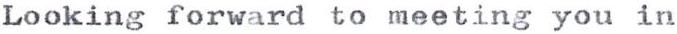
Looking forward to meeting you in